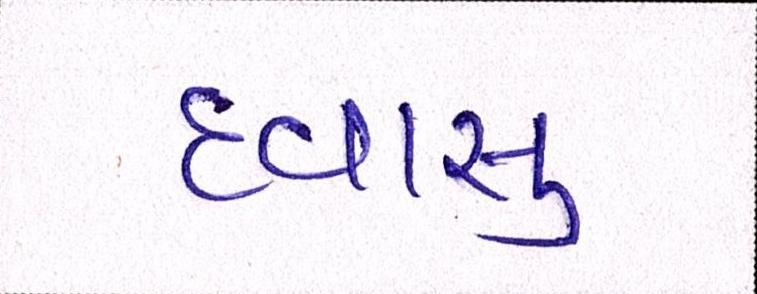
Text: દવાસુ